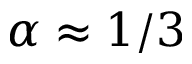
\alpha \approx 1 / 3